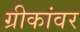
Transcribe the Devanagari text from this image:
ग्रीकांवर